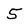
Character: 5